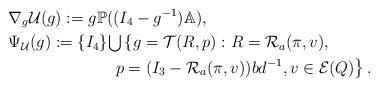
LaTeX: \begin{align*}&\nabla_g \mathcal{U}(g) := g\mathbb{P}((I_4-g^{-1})\mathbb{A}) , \\&\Psi_{\mathcal{U}}(g) := \{I_4\} {\textstyle \bigcup}\left\{ g=\mathcal{T}(R,p): R=\mathcal{R}_{a}(\pi,v) , \right. \\&~~~~~~~~~~~~~~~~~~~ \left. p= (I_3 - \mathcal{R}_{a}(\pi,v))bd^{-1} , v \in \mathcal{E}(Q)\right\}. \end{align*}